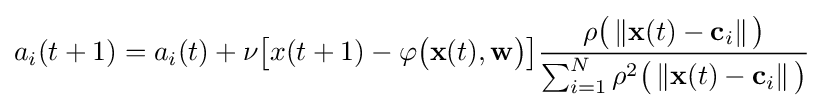
a_{i}(t+1)=a_{i}(t)+\nu {\big [}x(t+1)-\varphi {\big (}\mathbf {x} (t),\mathbf {w} {\big )}{\big ]}{\frac {\rho {\big (}\left\Vert \mathbf {x} (t)-\mathbf {c} _{i}\right\Vert {\big )}}{\sum _{i=1}^{N}\rho ^{2}{\big (}\left\Vert \mathbf {x} (t)-\mathbf {c} _{i}\right\Vert {\big )}}}